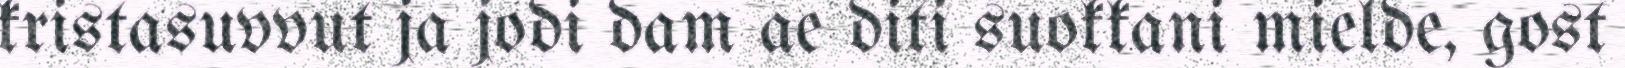
kristasuvvut ja jodi dam ae diti suokkani mielde, gost